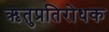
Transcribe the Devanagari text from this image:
ऋतुप्रतिरोधक